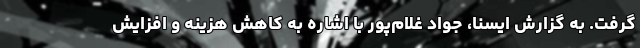
گرفت. به گزارش ایسنا، جواد غلام‌پور با اشاره به کاهش هزینه و افزایش